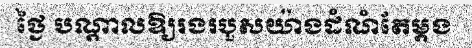
ថ្ងៃ បណ្តាលឱ្យរងរបួសយ៉ាងដំណំតែម្តង